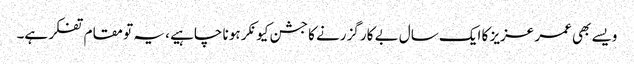
ویسے بھی عمر عزیز کا ایک سال بے کار گزرنے کا جشن کیونکر ہو نا چاہیے ، یہ تو مقام تفکر ہے۔